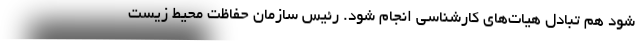
شود هم تبادل هیات‌های کارشناسی انجام شود. رئیس سازمان حفاظت محیط زیست